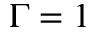
\Gamma = 1